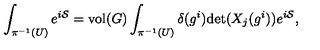
\int _ { \pi ^ { - 1 } ( U ) } e ^ { i { \cal S } } = \mathrm { v o l } ( G ) \int _ { \pi ^ { - 1 } ( U ) } \delta ( g ^ { i } ) \mathrm { d e t } ( X _ { j } ( g ^ { i } ) ) e ^ { i { \cal S } } ,